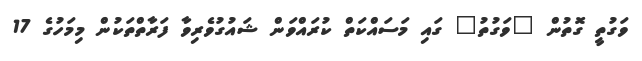
ވަގުތީ ގޮތުން "ވަގުތު" ގައި މަސައްކަތް ކުރައްވަން ޝައުގުވެރިވާ ފަރާތްތަކުން މިމަހުގެ 17